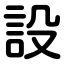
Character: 設